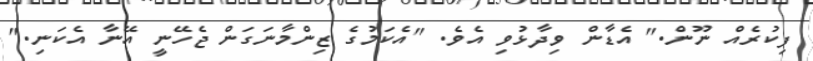
ފިކުރެއް ނޫން." އެޑާން ވިދާޅުވި އެވެ. "އެކަމުގެ ޒިންމާނަގަން ޖެހޭނީ އޭނާ އެކަނި."